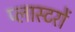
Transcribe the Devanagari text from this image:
प्लास्टरों